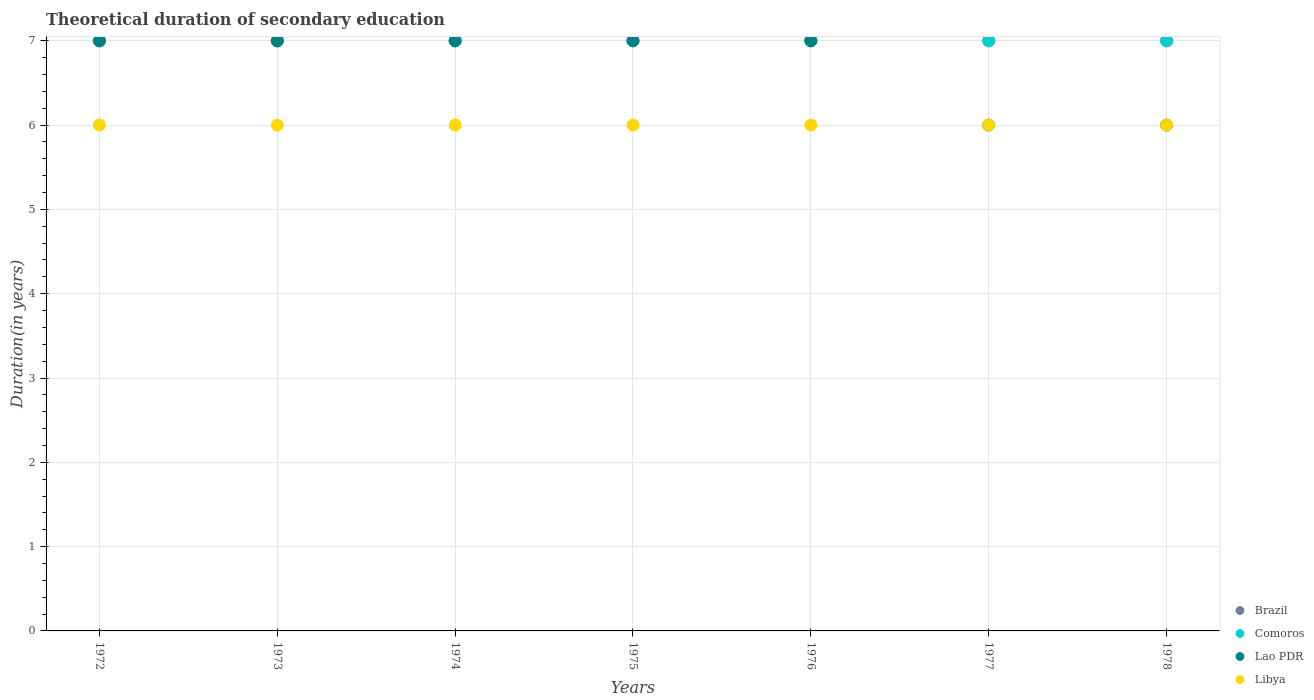
| Years | Brazil | Comoros | Lao PDR | Libya |
 | --- | --- | --- | --- | --- |
 | 1972 | 7 | 7 | 7 | 6 |
 | 1973 | 7 | 7 | 7 | 6 |
 | 1974 | 7 | 7 | 7 | 6 |
 | 1975 | 7 | 7 | 7 | 6 |
 | 1976 | 7 | 7 | 7 | 6 |
 | 1977 | 7 | 7 | 6 | 6 |
 | 1978 | 7 | 7 | 6 | 6 |